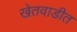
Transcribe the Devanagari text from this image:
खेतवाडीत